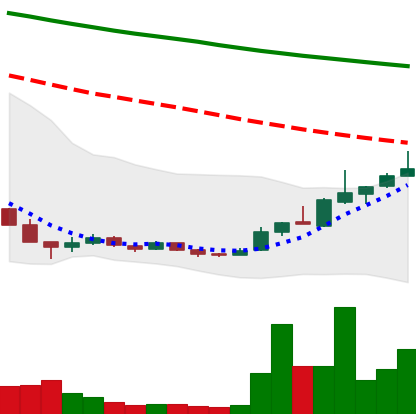
Ticker: ADA-USD
Chart end date: 2018-12-24
Forward return: -9.205%
Label: down_7plus